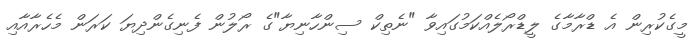
މީގެކުރިން އެ ޑްރާމާގެ ލީޑްރޯލެއްކަމުގައިވާ "ނެތިކް ސިންހާނިޔާ"ގެ ރޯލުން ފެނިގެންދިޔަ ކަރަން މެހެރާއާއި